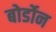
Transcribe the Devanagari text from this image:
बोर्डोन